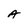
Character: A